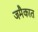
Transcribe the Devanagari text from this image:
जमैकात